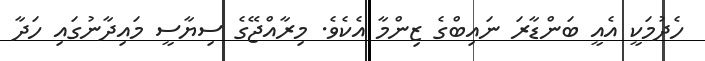
ހެދުމަކީ އެއީ ބަންޑާރަ ނައިބްގެ ޒިންމާ އެކެވެ. މިރާއްޖޭގެ ސިޔާސީ މައިދާނުގައި ހަދާ